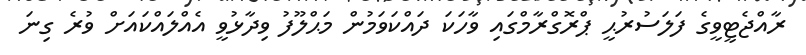
ރާއްޖެޓީވީގެ ފަލަސުރުޙީ ޕްރޮގްރާމްގައި ވާހަކަ ދައްކަވަމުން މަޙްލޫފު ވިދާޅުވީ އެއްލައްކައަށް ވުރެ ގިނަ